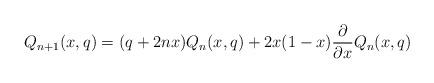
LaTeX: \begin{align*}Q_{n+1}(x,q)=(q+2nx)Q_n(x,q)+2x(1-x)\frac{\partial}{\partial x}Q_n(x,q)\end{align*}